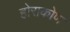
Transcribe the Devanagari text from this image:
होराकोण